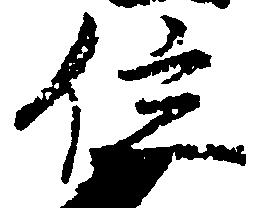
位